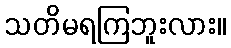
သတိမရကြဘူးလား။